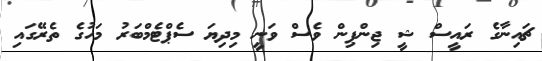
ޗައިނާގެ ރައީސް ޝީ ޖިންޕިން ވެސް ވަނީ މިދިޔަ ސެޕްޓެމްބަރު މަހުގެ ތެރޭގައި